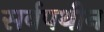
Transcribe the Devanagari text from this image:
सर्वपथीन